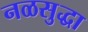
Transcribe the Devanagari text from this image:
नळसुद्धा